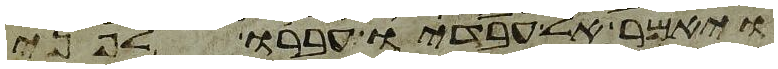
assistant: ויאמר אל עבדיו עברו לפני